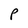
Character: P